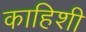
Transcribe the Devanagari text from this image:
काहिशी